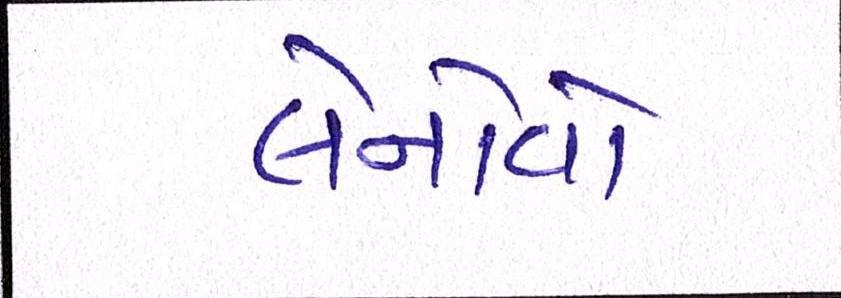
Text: લેનોવો